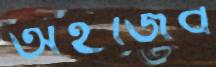
অইজিব